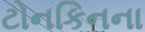
ટોનકિનના